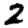
Digit: 2